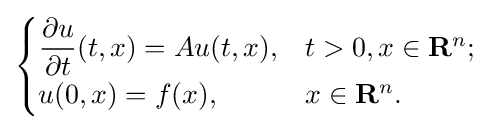
{\begin{cases}{\dfrac {\partial u}{\partial t}}(t,x)=Au(t,x),&t>0,x\in \mathbf {R} ^{n};\\u(0,x)=f(x),&x\in \mathbf {R} ^{n}.\end{cases}}